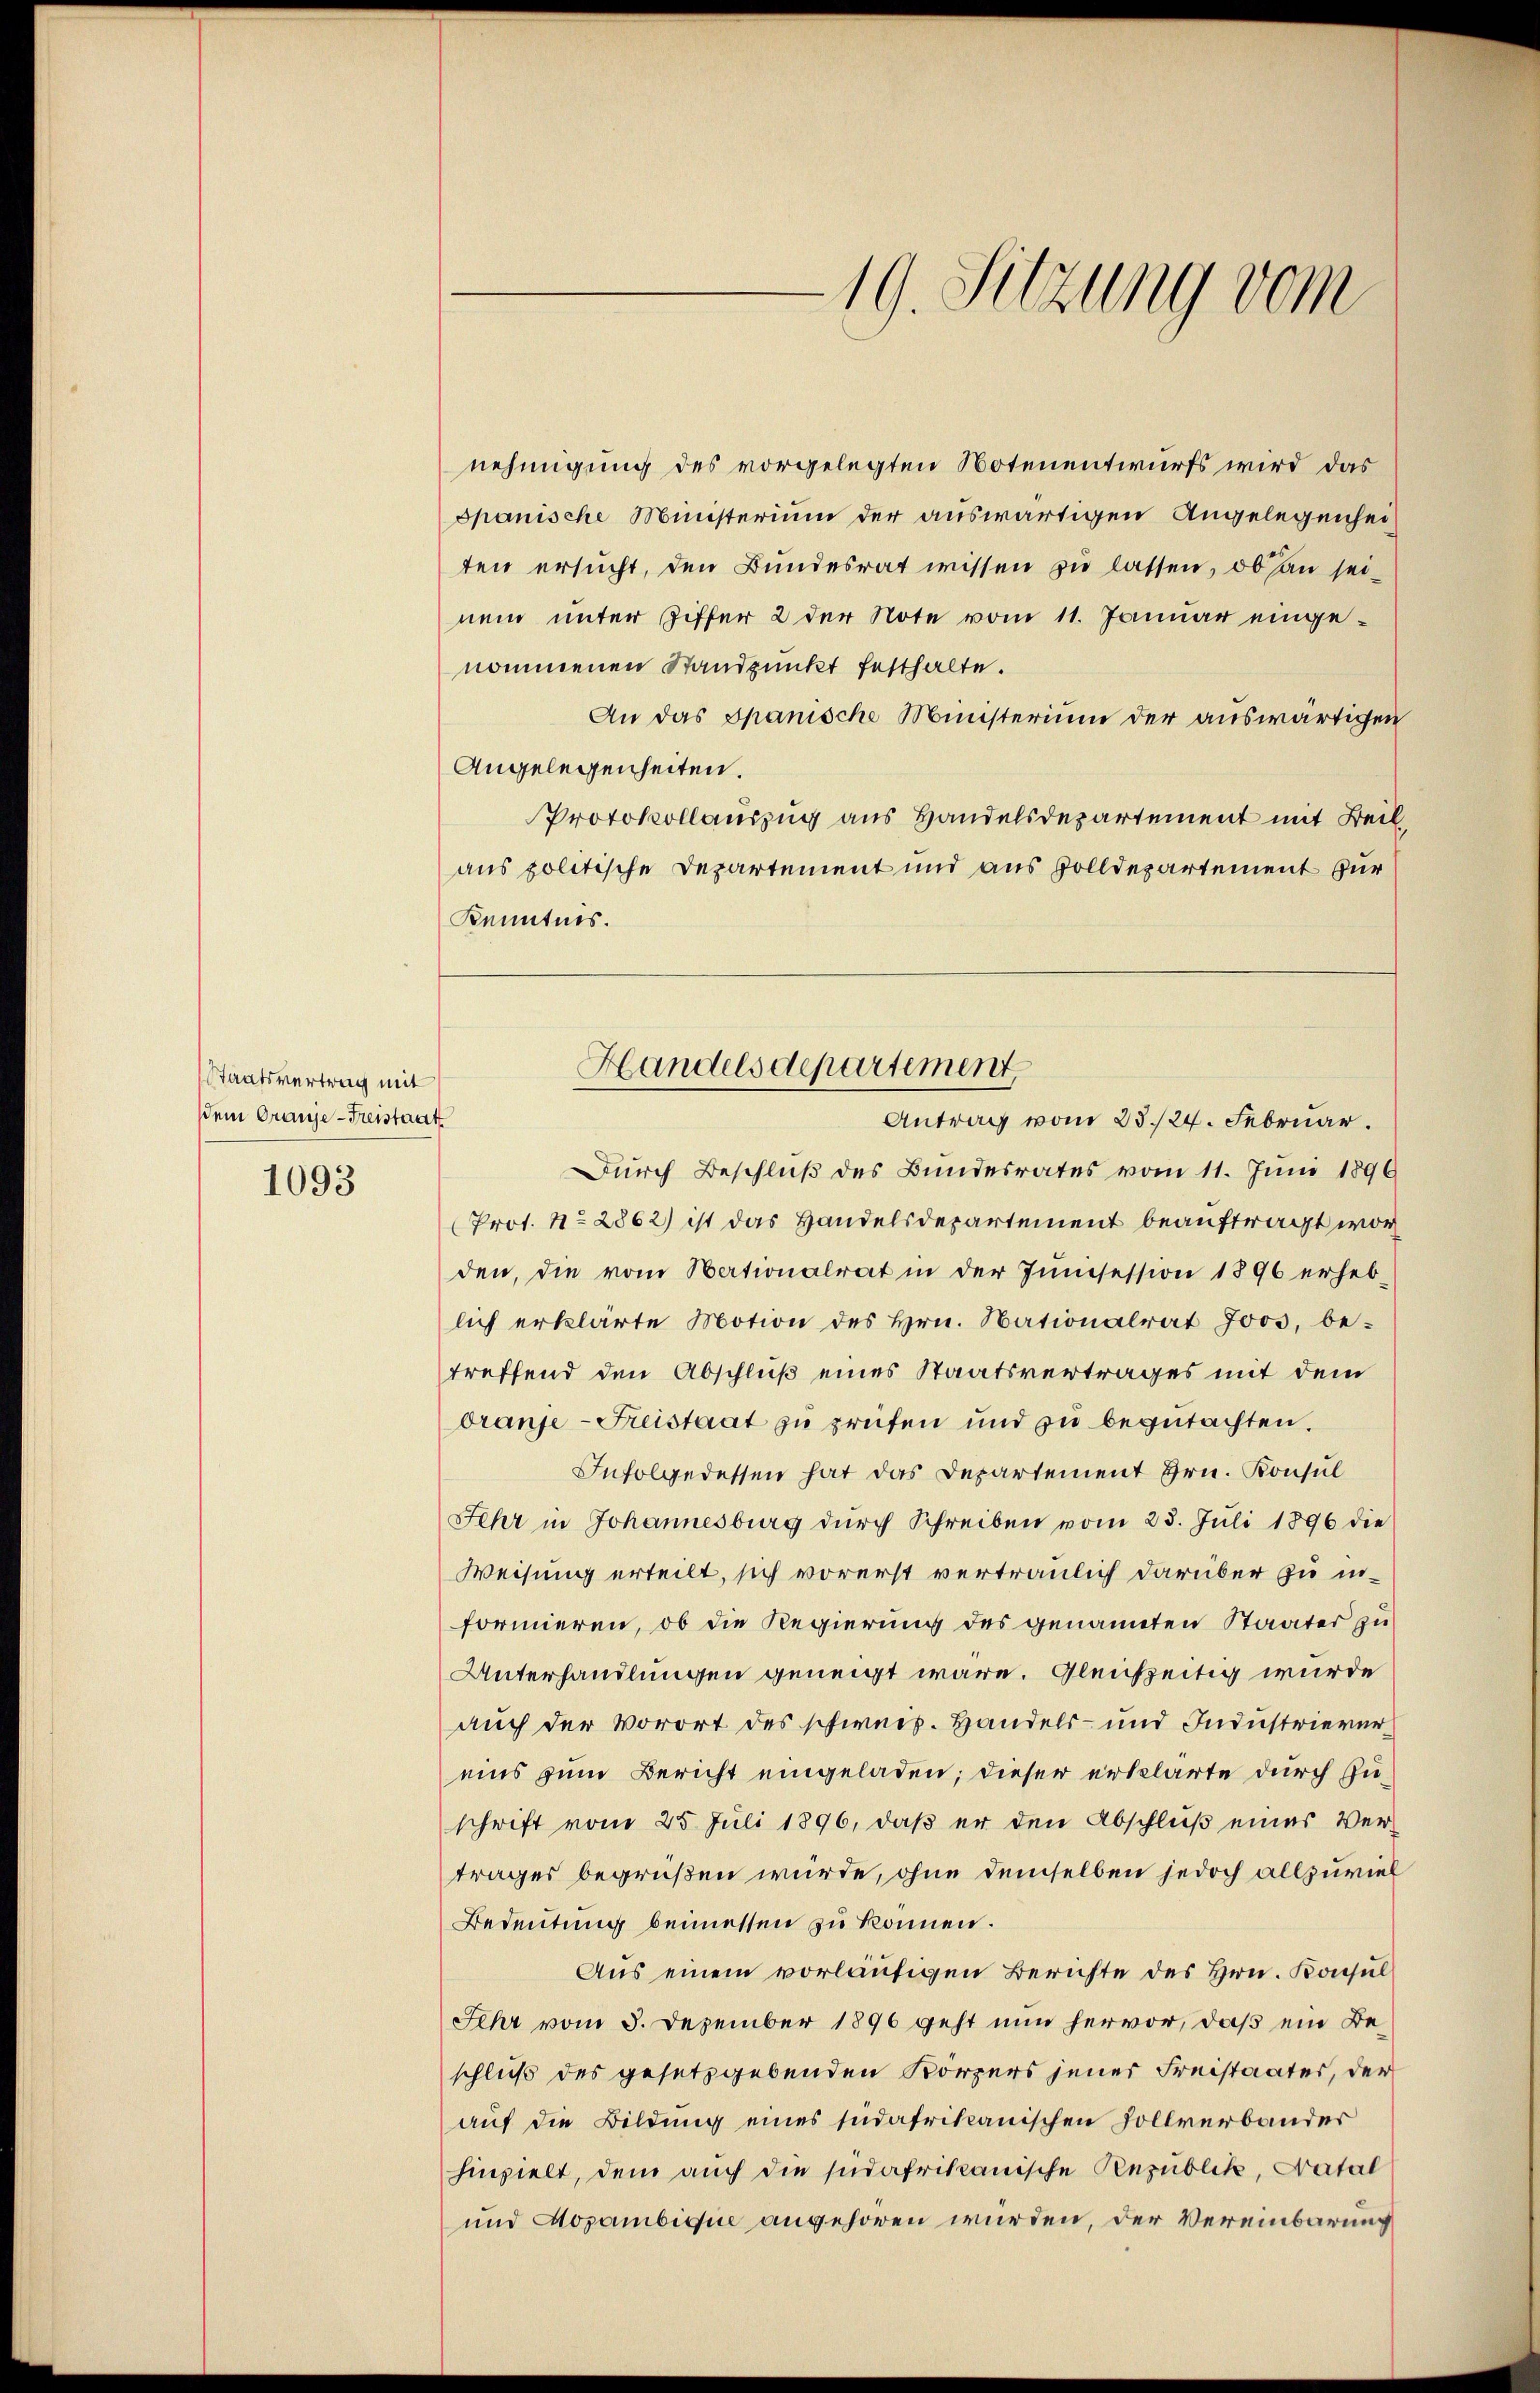
Staatsvertrag mit
dem Oranje-Freistaat

1093

19. Sitzung vom

nehmigung des vorgelegten Notenentwurfs wird das
spanische Ministerium der auswärtigen Angelegenhei
ten ersucht, den Bundesrat wissen zu lassen, ob an seinem unter Ziffer 2 der Note vom 11. Januar eingenommenen Standpunkt festhalte.
An das Spanische Münsterium der auswärtigen
Angelegenheiten.
Protokollauszug aus Handelsdepartement mit Beil,
aus politische Departement und aus Zolldepartement für
Kenntnis.
Durch Beschluß des Bundesrates vom 11. Juni 1896
Prot. No 2862) ist das Handelsdepartement beauftragt wor
den, die vom Hertionalrat in der Junisession 1896 erheb-
lich erklärte Motion des Hrn. Nationalrat Joos, be-
treffend den Abschluß eines Staatsvertrages mit dem
dranje Freistaat zu prüfen und zu begutachten.
Infolgedessen hat das Departement Hrn. Konsul
Sehr in Johannesburg dŭrch Schreiben vom 23. Juli 1896 die
Weisung erteilt, sich vorerst vertraulich darüber zu informieren, ob die Regierung des genannten Staater zu
Unterhandlungen geneigt wäre. Gleichzeitig wurde
auch der Vorort des schwers. Handels- und Industrievereins zum Bericht eingeladen; dieser erklärte durch Zuschrift vom 25. Juli 1896, daß er den Abschluß eines Vertrages begrüßen würde, ohne demselben jedoch allzuviel
Bedeutung beimessen zu können.
Aus einem vorläufigen Berichte des Hrn. Konsul
Sehr vom 3. Dezember 1896 geht nun hervor, daß ein Beschluß des gesetzgebenden Körpers jener Freistaates, der
auf die Bildung eines südafrikanischen Sollverbander
hinzielt, dem auch die südafrikanische Republik, Catal
und Popambivice angehören würden, der Vereinbarung

Handelsdepartement,
Antrag vom 23./24. Februar.